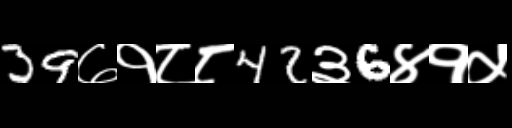
Text: 39७१८८42३6४१५